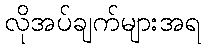
လိုအပ်ချက်များအရ